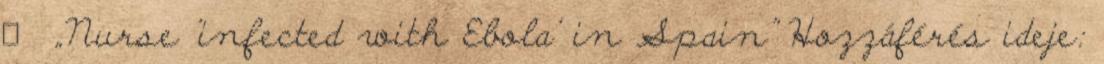
↑ „Nurse 'infected with Ebola' in Spain” Hozzáférés ideje: